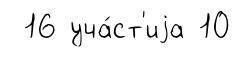
16 уча́ст'иjа 10